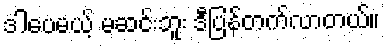
ဒါပေမယ့် မဆင်းဘူး ဒီပြန်တက်လာတယ်။